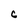
Character: c